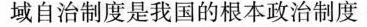
域自治制度是我国的根本政治制度